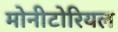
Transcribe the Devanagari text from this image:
मोनीटोरियल